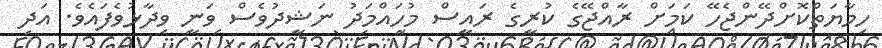
ހިމާޔަތްކޮށްދޭންޖެހޭ ކަމަށް ރާއްޖޭގެ ކުރީގެ ރައީސް މުހައްމަދު ނަޝީދުވެސް ވަނީ ވިދާޅުވެފައެވެ. އަދި